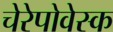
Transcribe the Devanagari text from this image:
चेरेपोवेस्क